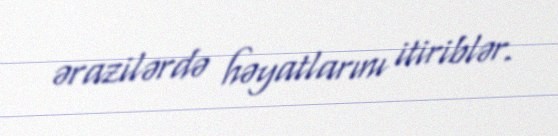
ərazilərdə həyatlarını itiriblər.